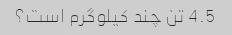
4.5 تن چند کیلوگرم است؟